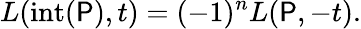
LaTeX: L(\operatorname{int}(\mathsf{P}),t)=(-1)^{n}L(\mathsf{P},-t).